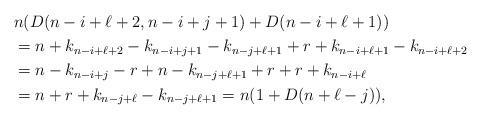
LaTeX: \begin{align*}&n (D(n-i+\ell+2, n-i+j+1)+D(n-i+\ell+1))\\ &=n+k_{n-i+\ell+2}-k_{n-i+j+1}-k_{n-j+\ell+1}+r+k_{n-i+\ell+1}-k_{n-i+\ell+2}\\ &=n-k_{n-i+j}-r+n-k_{n-j+\ell+1}+r+r+k_{n-i+\ell}\\ &=n+r+k_{n-j+\ell}-k_{n-j+\ell+1}=n (1+D(n+\ell-j)),\end{align*}